Indian journal of veterinary science and animal husbandry - Volumes 28-29, 1958-1959
Year: 1958
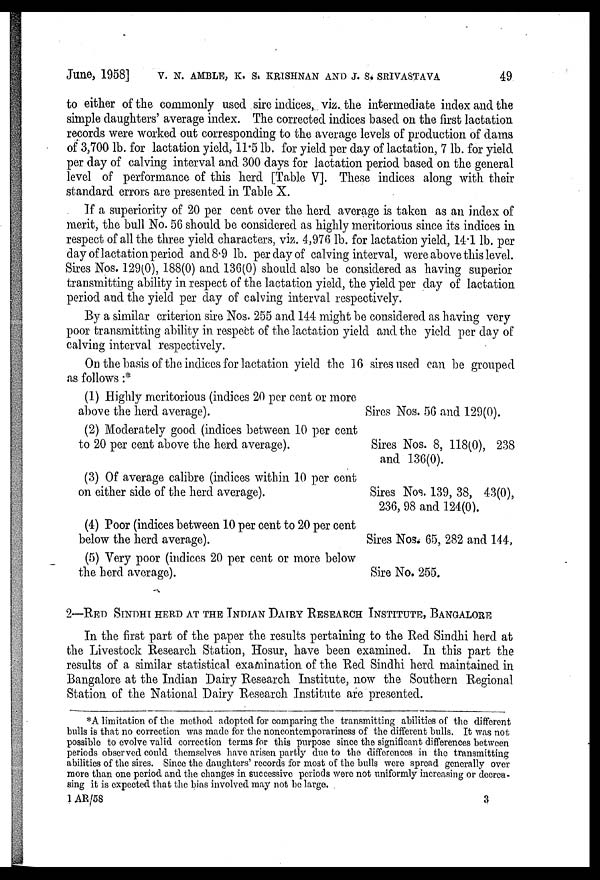
June, 1958] V. N. AMBLE, K. S. KRISHNAN AND J. S. SRIVASTAVA 49
to either of the commonly used sire indices, viz. the intermediate index and the
simple daughters' average index. The corrected indices based on the first lactation
records were worked out corresponding to the average levels of production of dams
of 3,700 lb. for lactation yield, 11.5 lb. for yield per day of lactation, 7 lb. for yield
per day of calving interval and 300 days for lactation period based on the general
level of performance of this herd [Table V]. These indices along with their
standard errors are presented in Table X.
If a superiority of 20 per cent over the herd average is taken as an index of
merit, the bull No. 56 should be considered as highly meritorious since its indices in
respect of all the three yield characters, viz. 4,976 lb. for lactation yield, 14.1 lb. per
day of lactation period and 8.9 lb. per day of calving interval, were above this level.
Sires Nos. 129(0), 188(0) and 136(0) should also be considered as having superior
transmitting ability in respect of the lactation yield, the yield per day of lactation
period and the yield per day of calving interval respectively.
By a similar criterion sire Nos. 255 and 144 might be considered as having very
poor transmitting ability in respect of the lactation yield and the yield per day of
calving interval respectively.
On the basis of the indices for lactation yield the 16 sires used can be grouped
as follows :*
(1) Highly meritorious (indices 20 per cent or more
above the herd average).
(2) Moderately good (indices between 10 per cent
to 20 per cent above the herd average).
(3) Of average calibre (indices within 10 per cent
on either side of the herd average).
(4) Poor (indices between 10 per cent to 20 per cent
below the herd average).
(5) Very poor (indices 20 per cent or more below
the herd average).
Sires Nos. 56 and 129(0).
Sires Nos. 8, 118(0), 238
and 136(0).
Sires Nos. 139, 38, 43(0),
236, 98 and 124(0).
Sires Nos. 65, 282 and 144.
Sire No. 255,
2—RED SINDHI HERD AT THE INDIAN DAIRY RESEARCH INSTITUTE, BANGALORE
In the first part of the paper the results pertaining to the Red Sindhi herd at
the Livestock Research Station, Hosur, have been examined. In this part the
results of a similar statistical examination of the Red Sindhi herd maintained in
Bangalore at the Indian Dairy Research Institute, now the Southern Regional
Station of the National Dairy Research Institute are presented.
*A limitation of the method adopted for comparing the transmitting abilities of the different
bulls is that no correction was made for the noncontemporariness of the different bulls. It was not
possible to evolve valid correction terms for this purpose since the significant differences between
periods observed could themselves have arisen partly due to the differences in the transmitting
abilities of the sires. Since the daughters' records for most of the bulls were spread generally over
more than one period and the changes in successive periods were not uniformly increasing or decrea-
sing it is expected that the bias involved may not be large.
1 AR/58
3